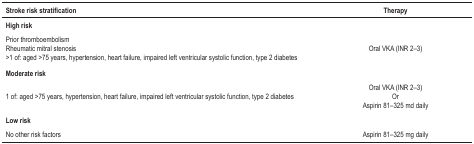
| Stroke risk stratification | Therapy |
 | --- | --- |
 | High risk |  |
 | Prior thromboembolism Rheumatic mitral stenosis>1 of: aged >75 years, hypertension, heart failure,impaired left ventricular systolic function, type 2diabetes | Oral VKA (INR 2–3) |
 | Moderate risk |  |
 | 1 of: aged >75 years, hypertension, heart failure, impairedleft ventricular systolic function, type 2 diabetes | Oral VKA (INR 2–3) Or Aspirin 81–325 mddaily |
 | Low risk |  |
 | No other risk factors | Aspirin 81–325 mg daily |